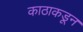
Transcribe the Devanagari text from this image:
काठाकडून